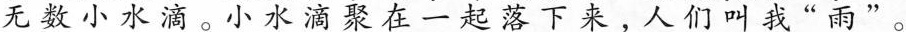
无数小水滴。小水滴聚在一起落下来，人们叫我”雨”。